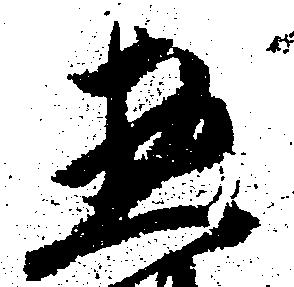
惣